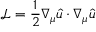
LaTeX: { \mathcal { L } } = { \frac { 1 } { 2 } } \nabla _ { \mu } { \hat { u } } \cdot \nabla _ { \mu } { \hat { u } }